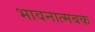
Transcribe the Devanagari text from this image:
भावनात्मबक